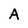
Character: A